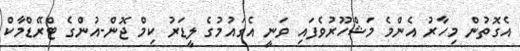
އެގޮތުން މިހާރު އެންމެ މަޝްހޫރުވެފައި ވަނީ އެގައުމުގެ ލީޑަރު ކިމް ޖޮން-އުންގެ ޓްރޭޑްމާކް